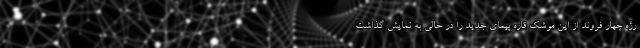
رژه چهار فروند از این موشک قاره پیمای جدید را در حالی به نمایش گذاشت